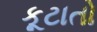
કૂટાતો